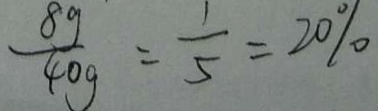
\frac { 8 g } { 4 0 g } = \frac { 1 } { 5 } = 2 0 \%